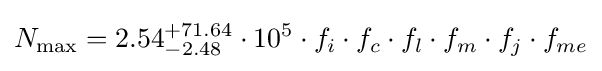
N_{\max }={2.54}_{-2.48}^{+71.64}\cdot 10^{5}\cdot f_{i}\cdot f_{c}\cdot f_{l}\cdot f_{m}\cdot f_{j}\cdot f_{me}